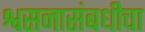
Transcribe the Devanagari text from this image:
श्वसनासंबधीचा